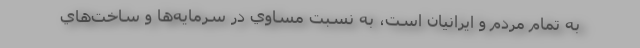
به تمام مردم و ايرانيان است، به نسبت مساوي در سرمايه‌ها و ساخت‌هاي